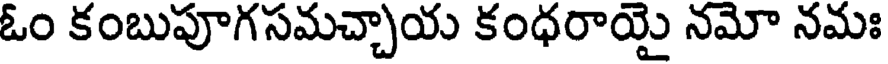
ఓం కంబుపూగసమచ్చాయ కంధరాయై నమో నమః